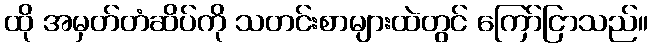
ထို အမှတ်တံဆိပ်ကို သတင်းစာများထဲတွင် ကြော်ငြာသည်။